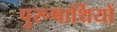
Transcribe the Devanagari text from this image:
पुरूषार्थियों